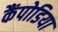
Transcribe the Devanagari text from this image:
कैंपोडिया